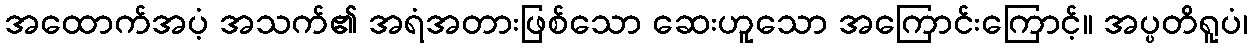
အထောက်အပံ့ အသက်၏ အရံအတားဖြစ်သော ဆေးဟူသော အကြောင်းကြောင့်။ အပ္ပတိရူပံ၊